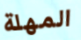
المهلة